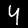
Digit: 4